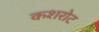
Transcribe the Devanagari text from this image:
कशरोट